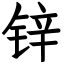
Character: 锌